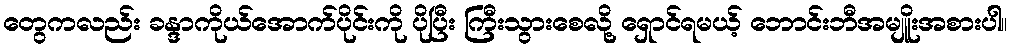
တွေကလည်း ခန္ဒာကိုယ်အောက်ပိုင်းကို ပိုပြီး ကြီးသွားစေလို့ ရှောင်ရမယ့် ဘောင်းဘီအမျိူးအစားပါ။